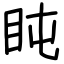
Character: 盹